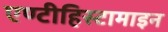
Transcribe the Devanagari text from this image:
एण्टीहिस्टामाइन